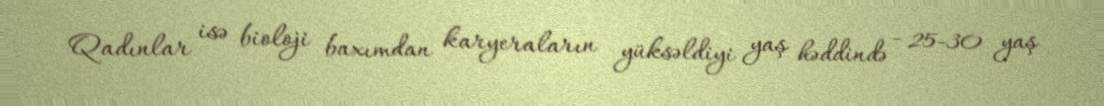
Qadınlar isə bioloji baxımdan karyeraların yüksəldiyi yaş həddində - 25-30 yaş